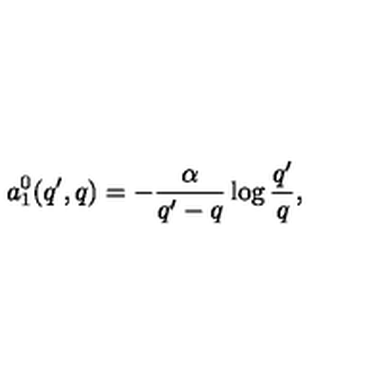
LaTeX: a _ { 1 } ^ { 0 } ( q ^ { \prime } , q ) = - \frac { \alpha } { q ^ { \prime } - q } \log \frac { q ^ { \prime } } { q } ,